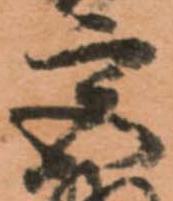
宮